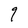
Character: q